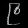
Digit: ၉